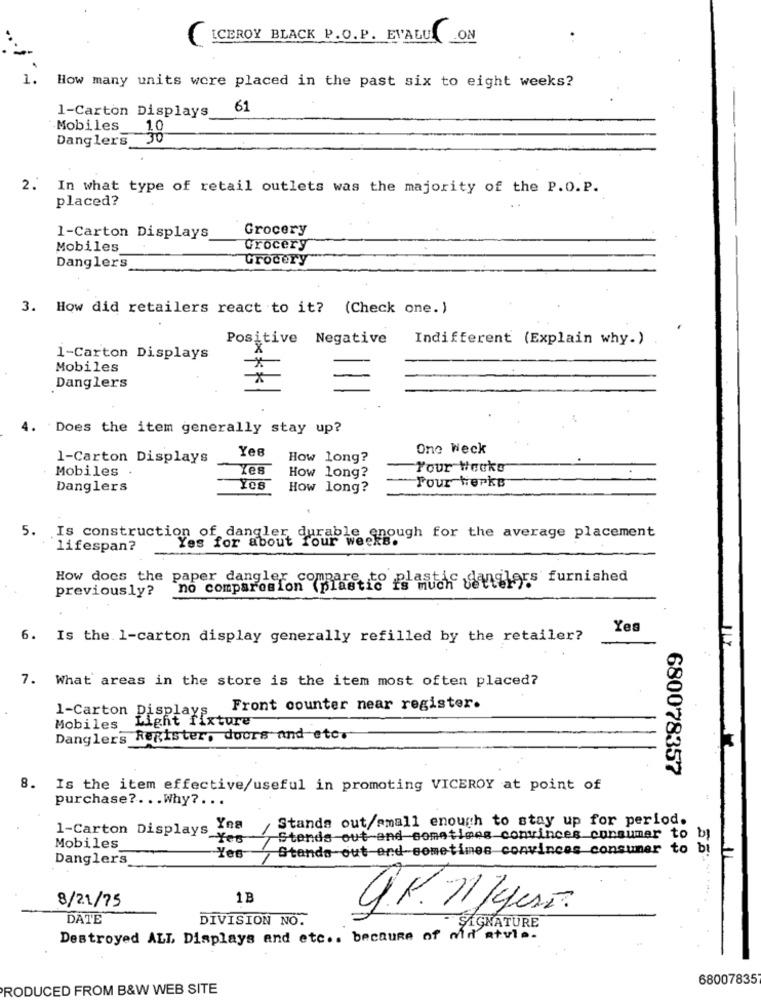
C
ICEROY BLACK P.O. P. EVALUL _ON
1.
How many units were placed in the past six to eight weeks?
1-Carton Displays
61
Mobiles
10
Danglers
30
2.
In what type of retail outlets was the majority of the P.O.P.
placed?
Grocery
1-Carton Displays
Mobiles
Grocery
Grocery
Danglers
3. How did retailers react to it? (Check one.)
Positive Negative
Indifferent (Explain why.)
X
1-Carton Displays
Mobiles
*
-
Danglers
4. Does the item generally stay up?
Yes
One Weck
1-Carton Displays
How long?
Mobiles
Les
Your Weuke
How long?
Four Werks
Danglers
How long?
5. Is construction of dangler, durable enough for the average placement
Yes for about four week
lifespan?
How does the paper dangler compare
plastic ganglors furnished
previously?
no comparesion (plastio is Hud
Yes
6. Is the 1-carton display generally refilled by the retailer?
7. What areas in the store is the item most often placed?
Front counter near register.
1-Carton Displays
Light fixture
Mobiles
Danglers Register, doors and etc.
680078357
8. Is the item effective/useful in promoting VICEROY at point of
purchase ?... Why? ...
Stands out/small enough to stay up for period.
Yna
1-Carton Displays Yes
Stands out and sometimes convinces consumer to by
Mobiles
Stands out and sometimes convinces consumer to
Danglers
Yes
1B
8/21/75
UP. 11 /gers.
DATE
DIVISION NO.
SIGNATURE
Destroyed ALL Displays and etc .. because of mid atvla.
-
68007835
PRODUCED FROM B&W WEB SITE